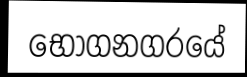
භෝගනගරයේ